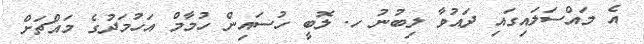
އެ މައްސަލައިގައި ދައުވާ ލިބުނު ހ. ލޮބީ ހުސައިން ހުމާމް އަހުމަދުގެ މައްޗަށް